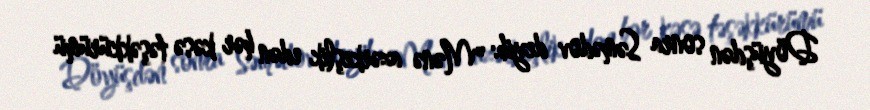
Döyüşdən sonra Səmədov deyib: "Mənə azərkeşlik edən hər kəsə təşəkkürümü